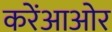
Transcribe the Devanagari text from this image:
करेंआओर